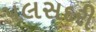
પલસદરી